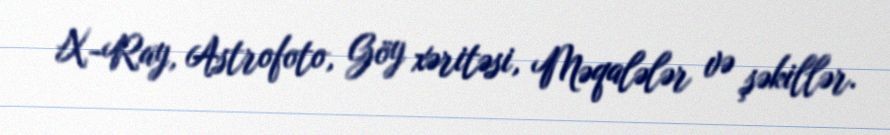
X-Ray, Astrofoto, Göy xəritəsi, Məqalələr və şəkillər.